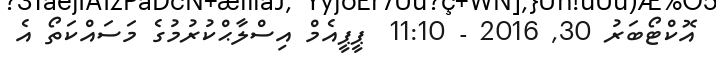
އޮކްޓޯބަރު 30